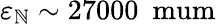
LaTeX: \varepsilon_{\mathbb{N}}\sim27000\ \mathrm{{\ mum}}